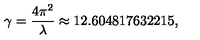
\gamma = { \frac { 4 \pi ^ { 2 } } { \lambda } } \approx 1 2 . 6 0 4 8 1 7 6 3 2 2 1 5 ,